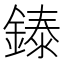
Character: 𬫳